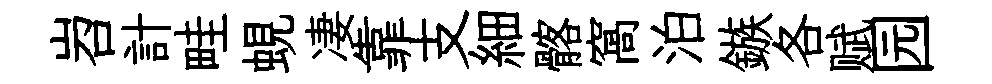
岧計畦蜆凄靠支細髂窩泊鏃各赋园